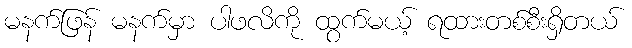
မနက်ဖြန် မနက်မှာ ပါဖလိကို ထွက်မယ့် ရထားတစ်စီးရှိတယ်